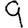
Digit: 9